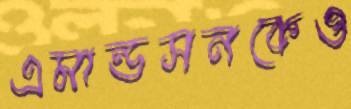
এমান্ডসনকেও